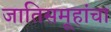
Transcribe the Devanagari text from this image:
जातिसमूहांचा